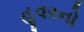
હૂવરનો